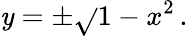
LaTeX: \mathit{y}=\pm{\sqrt{}{{1-x^{2}}}}\, .